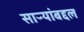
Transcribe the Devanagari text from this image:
साऱ्यांबद्दल